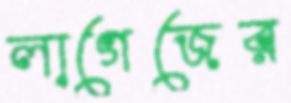
লাগেজের